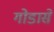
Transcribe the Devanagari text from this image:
गोडासे